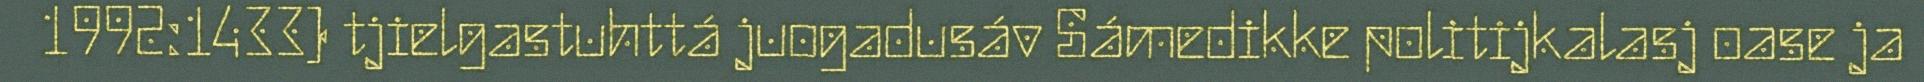
1992:1433) tjielgastuhttá juogadusáv Sámedikke politijkalasj oase ja